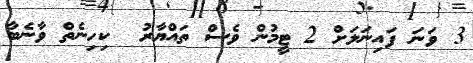
3 ވަނަ ފައިނަލަށް 2 ޓީމުން ވެސް ތައްޔާރު  ކިހިނެތް ވާނެބާ